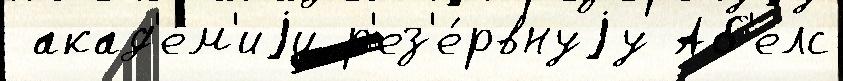
 акад'е́м'иjи р'ез'е́рвнуjу Аб'елс